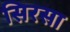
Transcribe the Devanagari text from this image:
सिरसा